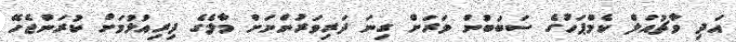
އަދި ވާޗުއަލް ކެމްޕަހުގެ ސަބަބުން ވަރަށް ގިނަ ދަރިވަރުންނަށް މާލެގެ ދިރިއުޅުމަށް ކުރަންޖެހޭ